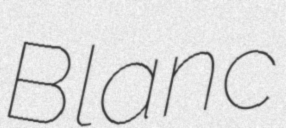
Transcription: Blanc